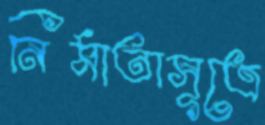
নির্মাতাসূত্রে